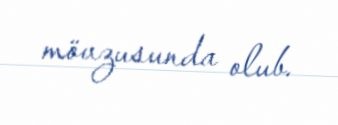
mövzusunda olub.